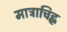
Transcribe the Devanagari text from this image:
मात्राचिह्न